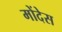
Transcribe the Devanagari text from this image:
मोंदेस